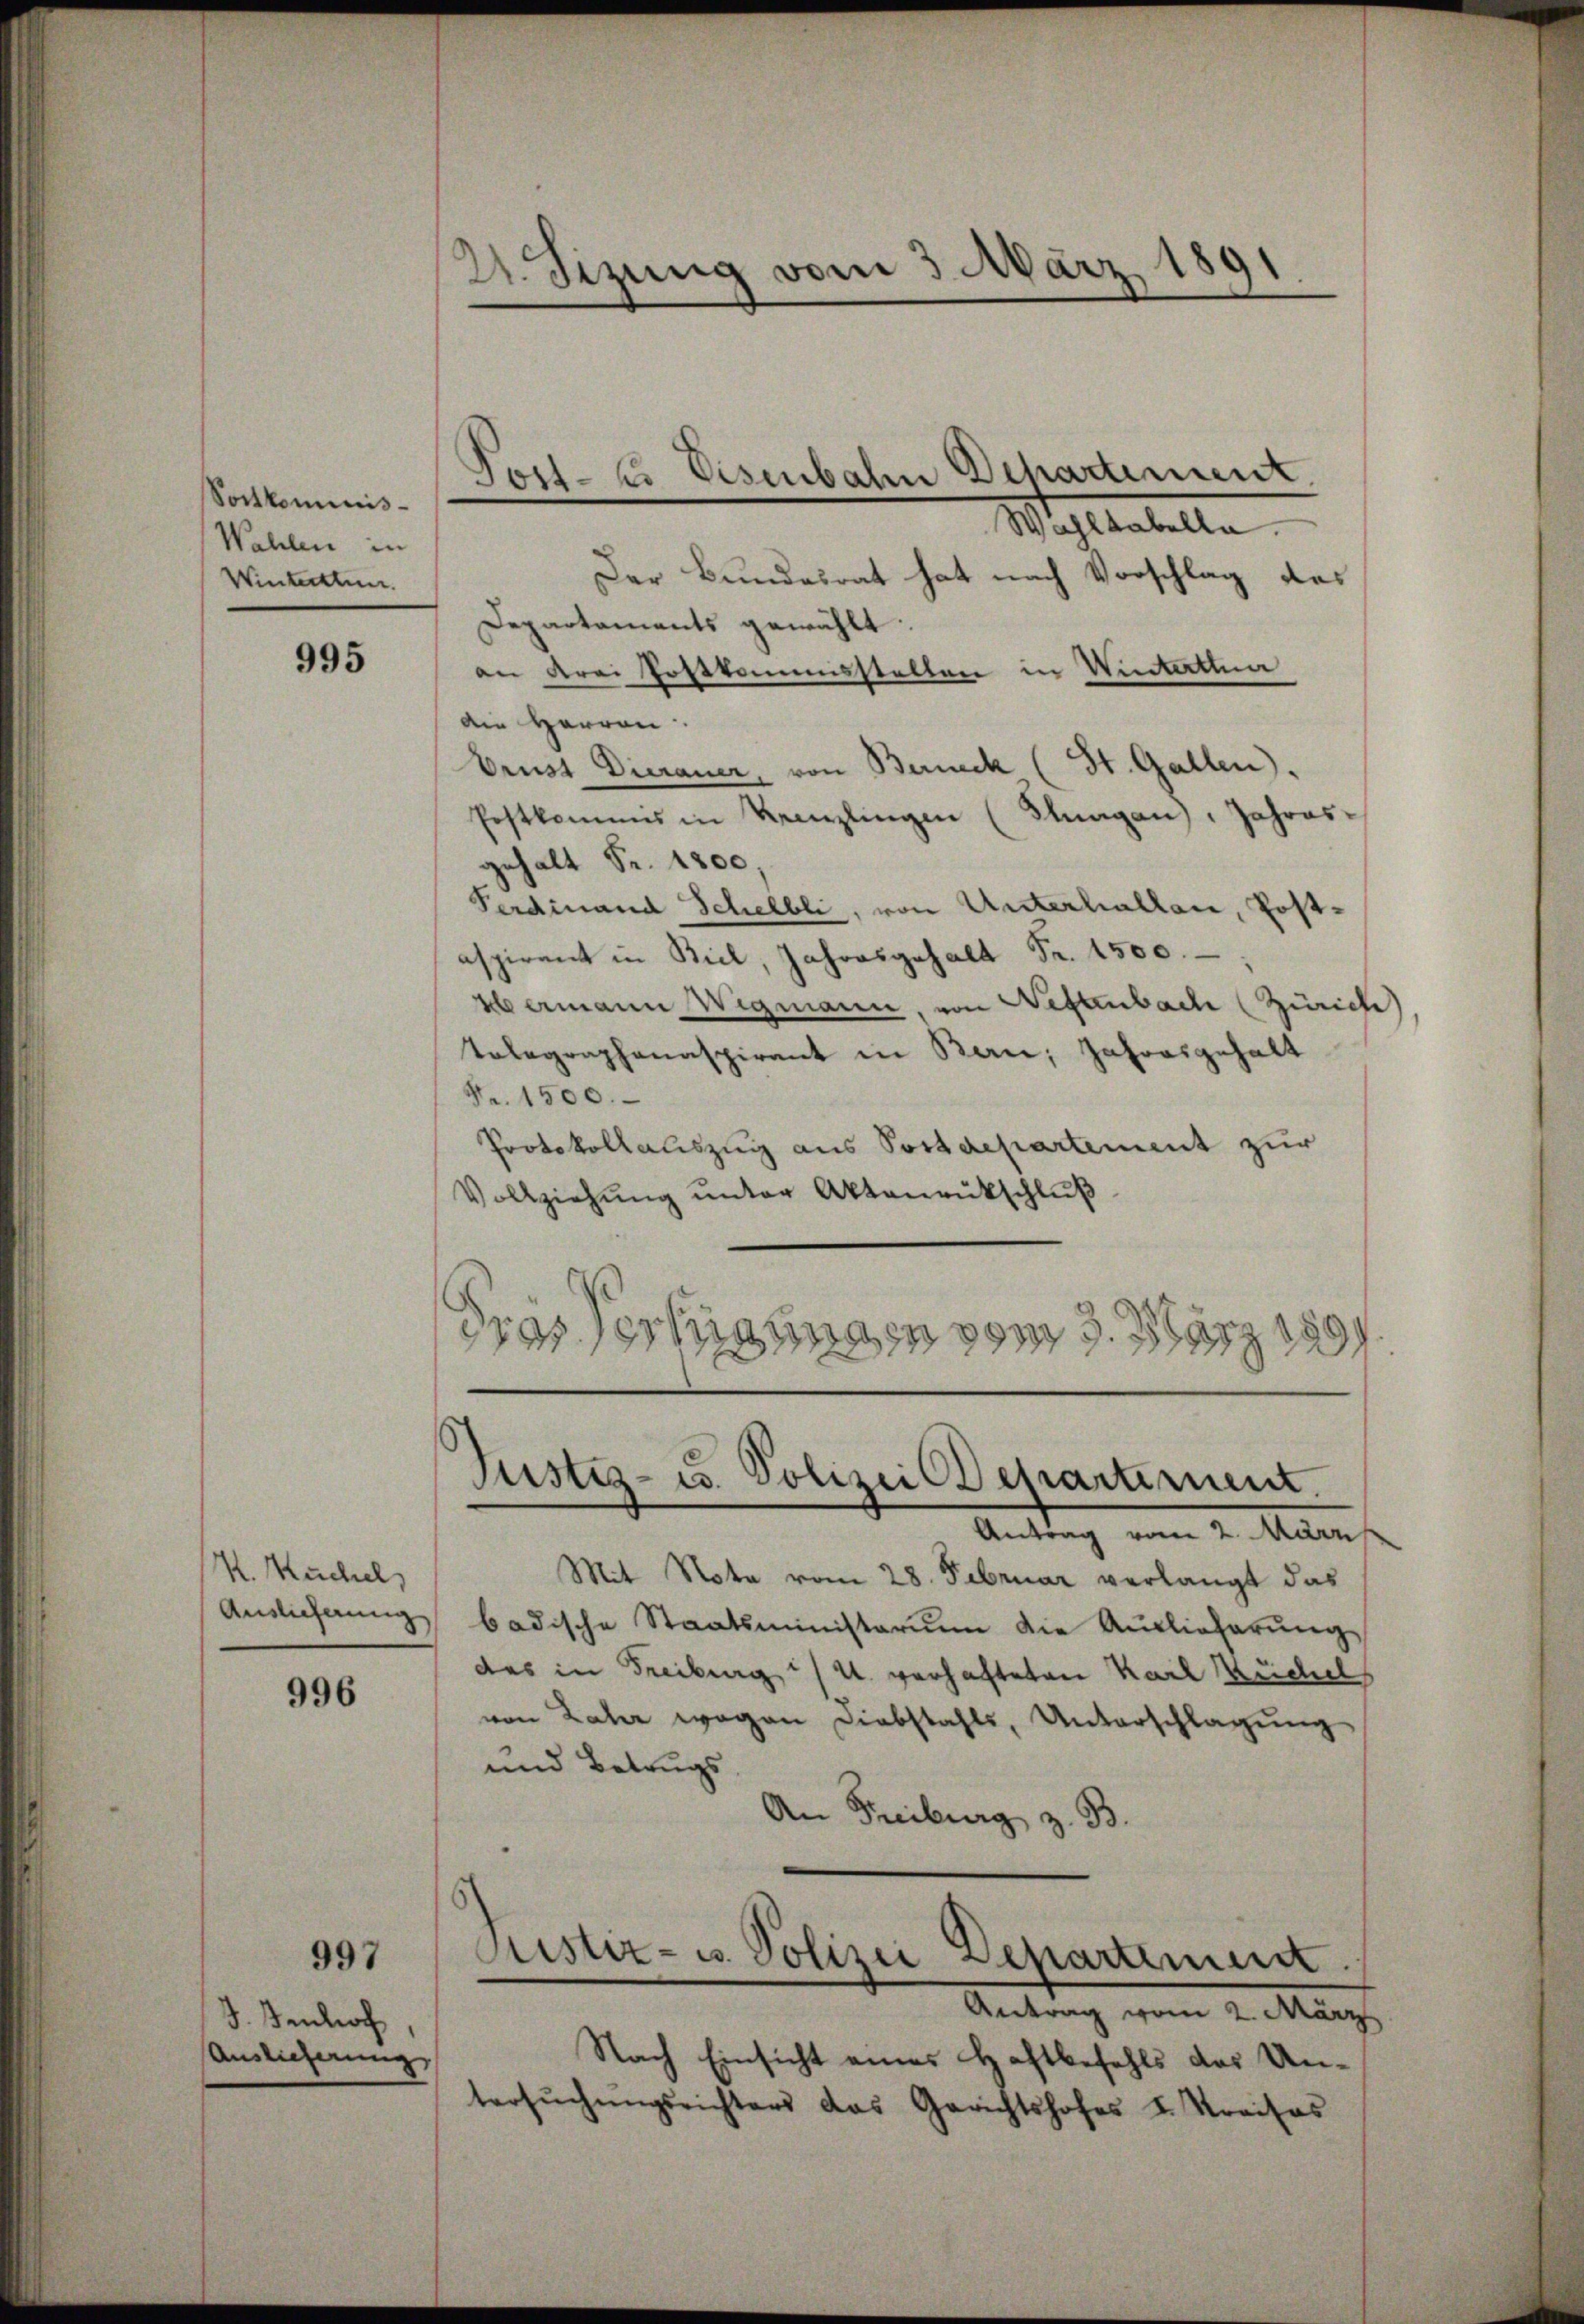
Sontkominis¬
Wahlen in
Winterthun.

995

K. Kuchel
Auslieferung

996

J. Fenhof
Auslieferung

997

2. Sizung vom 3. März 1891

Mahlentelle
Der Bundesrat hat nach Vorschlag des
Departaments gewählt.
an drei Postkommisstellen in Wintertha
Die Harren.
Brust Dierauer, von Berneck (St. Gallen).
Postkammes in Krenzlingen (Glungen), Jahresgehalt Fr. 1800.
Ferdinand Schelbli, von Unterhallen, Postaspirant in Biel, Jahresgehalt Fr. 1500.
Wermann Wigmann, von Wettenbach (Zürich
Telegraphanaspirant in Ban; Jahresgehalt
Nr. 1500.
Protokollauszug aus Postdepartement zur
Vollziehung unter Aktenrückschluß
drasse Mannen vom 3. März 189

Post- u. Eisenbahn Departement.

Mit Nota vom 28. Februar verlangt das
badische Staatsministerium die Auslieferŭng
das in Freiburg i/ 2. verhafteten Karl Küchel
von Jahr wegen Diebstahls, Unterschlagung
und Betrugs
An Freiburg z. B.
Fister- u. Polizei Departement
Antrag vom 2. März
Nach Einsicht eines Haftbefehls das Untersŭchŭngsrichters das Gerichtshofes I. Kreises

Justiz- u. Polizei Departement.
Antrag vom 2. März